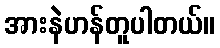
အားနဲဟန်တူပါတယ်။